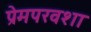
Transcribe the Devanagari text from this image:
प्रेमपरवशा